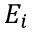
E _ { i }